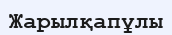
Жарылқапұлы